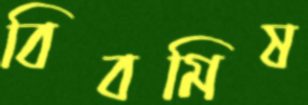
বিবমিষ